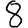
Digit: 8